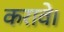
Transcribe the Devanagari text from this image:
करावे।